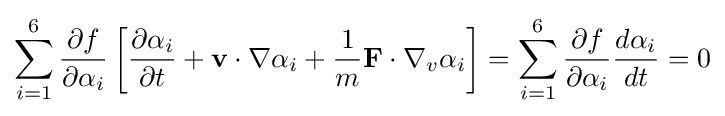
\sum _{i=1}^{6}{\frac {\partial f}{\partial \alpha _{i}}}\left[{\frac {\partial \alpha _{i}}{\partial t}}+\mathbf {v} \cdot \nabla \alpha _{i}+{\frac {1}{m}}\mathbf {F} \cdot \nabla _{v}\alpha _{i}\right]=\sum _{i=1}^{6}{\frac {\partial f}{\partial \alpha _{i}}}{\frac {d\alpha _{i}}{dt}}=0